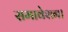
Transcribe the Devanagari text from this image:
समावेशन।